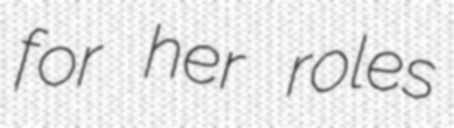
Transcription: for her roles